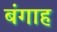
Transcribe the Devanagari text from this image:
बंगाह